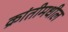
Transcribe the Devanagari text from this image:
क्रांतीमधील